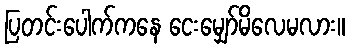
ပြတင်းပေါက်ကနေ ငေးမျှော်မိလေမလား။